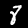
Digit: 8